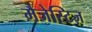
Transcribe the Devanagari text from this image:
मैजेस्टिज़